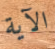
الآية